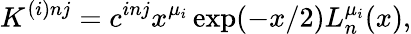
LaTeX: K^{(i)nj}=c^{inj}x^{\mu_{i}}\exp(-x/2)L_{n}^{\mu_{i}}(x),